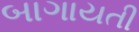
બાગાયતી